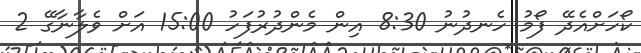
ކޯހަށްއެދޭ ފޯމު ހެނދުނު 8:30 އިން މެންދުރުފަހު 15:00 އަށް ވެލާނާގޭ 2